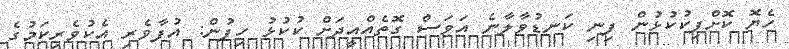
ހެޔޮ ކޮށްފިކުކުޅުން ފިނި ކަނޑުވާލާނެ އަވަސް ގޮތެއްއީދަށް ކުކުޅު ހިފުން: އުފާވެރި އެކުވެރިކަމުގެ